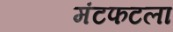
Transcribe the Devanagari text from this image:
मंटफटला